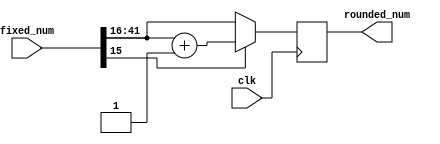
module FixedRoundUnsigned(
	clk,
	fixed_num,
	rounded_num
	);
	parameter num_width = 42;
	parameter fixed_pos = 16;
	input clk;
	input [num_width - 1 : 0] fixed_num;
	output [num_width - fixed_pos - 1 : 0] rounded_num;
	reg [num_width - fixed_pos - 1 : 0] reg_rounded_num;
	assign rounded_num = reg_rounded_num;
	always @(posedge clk)
		reg_rounded_num <= fixed_num[fixed_pos - 1] == 0 ? 
			fixed_num[num_width -1 : fixed_pos] : 
			fixed_num[num_width -1 : fixed_pos] + 1;
endmodule